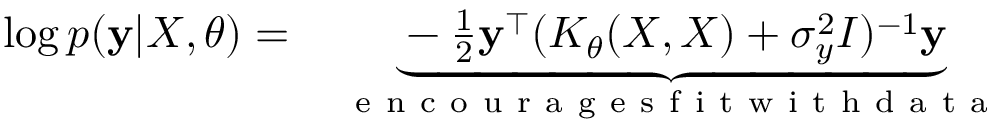
\begin{array} { r l } { \log p ( \mathbf { y } | X , \theta ) = } & { { } \underbrace { - \frac { 1 } { 2 } \mathbf { y } ^ { \top } ( K _ { \theta } ( X , X ) + \sigma _ { y } ^ { 2 } I ) ^ { - 1 } \mathbf { y } } _ { \mathrm { ~ e ~ n ~ c ~ o ~ u ~ r ~ a ~ g ~ e ~ s ~ f ~ i ~ t ~ w ~ i ~ t ~ h ~ d ~ a ~ t ~ a ~ } } } \end{array}